Indian journal of veterinary science and animal husbandry - Volume 5,
Year: 1935
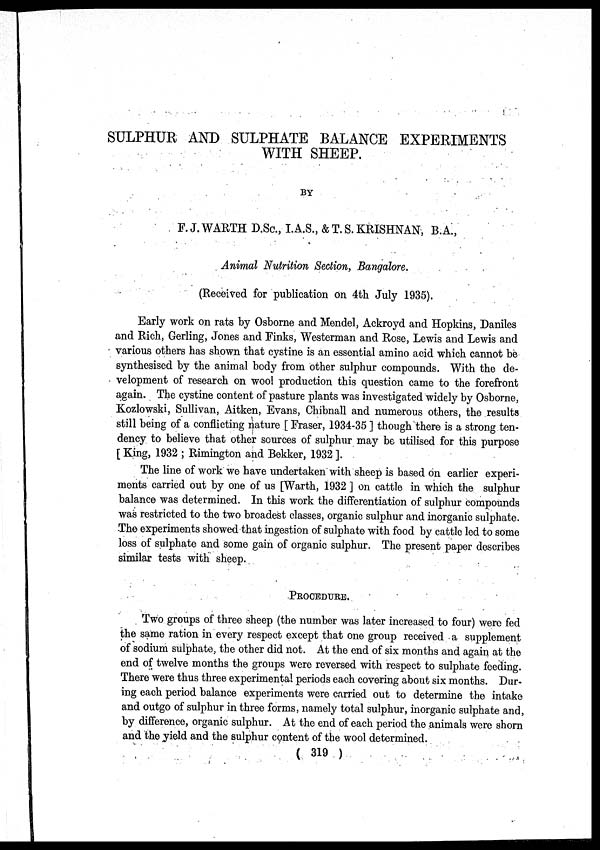
SULPHUR AND SULPHATE BALANCE EXPERIMENTS
WITH SHEEP.
BY
F. J.WARTH D.Sc., I.A.S., & T. S. KRISHNAN, B.A.,
Animal Nutrition Section, Bangalore.
(Received for publication on 4th July 1935).
Early work on rats by Osborne and Mendel, Ackroyd and Hopkins, Daniles
and Rich, Gerling, Jones and Finks, Westerman and Rose, Lewis and Lewis and
various others has shown that cystine is an essential amino acid which cannot be
synthesised by the animal body from other sulphur compounds. With the de-
velopment of research on wool production this question came to the forefront
again. The cystine content of pasture plants was investigated widely by Osborne,
Kozlowski, Sullivan, Aitken, Evans, Chibnall and numerous others, the results
still being of a conflicting nature [ Eraser, 1934-35 ] though there is a strong ten-
dency to believe that other sources of sulphur may be utilised for this purpose
[ King, 1932 ; Rimington and Bekker, 1932 ].
The line of work we have undertaken with sheep is based on earlier experi-
ments carried out by one of us [Warth, 1932 ] on cattle in which the sulphur
balance was determined. In this work the differentiation of sulphur compounds
was restricted to the two broadest classes, organic sulphur and inorganic sulphate.
The experiments showed that ingestion of sulphate with food by cattle led to some
loss of sulphate and some gain of organic sulphur. The present paper describes
similar tests with sheep.
PROCEDURE.
Two groups of three sheep (the number was later increased to four) were fed
the same ration in every respect except that one group received a supplement
of sodium sulphate, the other did not. At the end of six months and again at the
end of twelve months the groups were reversed with respect to sulphate feeding.
There were thus three experimental periods each covering about six months. Dur-
ing each period balance experiments were carried out to determine the intake
and outgo of sulphur in three forms, namely total sulphur, inorganic sulphate and,
by difference, organic sulphur. At the end of each period the animals were shorn
and the yield and the sulphur content of the wool determined.
( 319 )